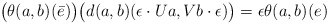
\begin{align*} \big(\theta(a,b)(\bar e)\big)\big(d(a,b)(\epsilon\cdot{}Ua,Vb\cdot{}\epsilon)\big) = \epsilon \theta(a,b)(e)\end{align*}